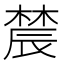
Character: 辳